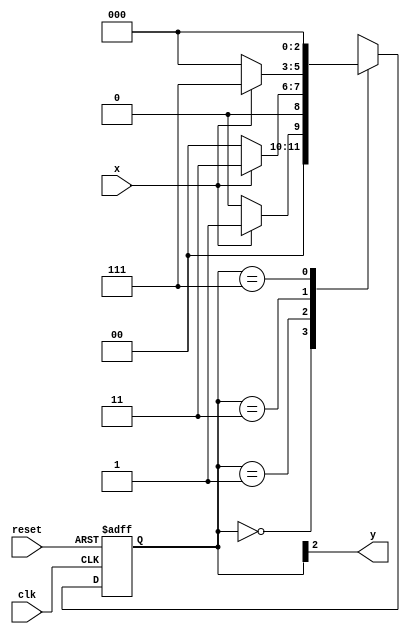
// constant definition 
`define found       1 
`define notfound 0 
 
// FSM by Moore 
module  moore0054 ( y, x, clk, reset ); 
 output y; 
 input   x; 
 input   clk; 
 input   reset; 
 
 reg      y; 
 
 parameter        // state identifiers 
   start     = 3'b000, 
   id01       = 3'b001, 
   id011     = 3'b011, 
   id0111   = 3'b111; 
    
   reg [2:0] E1; // current state variables 
   reg [2:0] E2; // next state logic output 
 
 
 
// next state logic 
   always @( x or E1 ) 
    begin 
     case( E1 ) 
      start: 
        if ( x ) 
         E2 = id01; 
        else 
         E2 = start; 
      id01: 
        if ( x ) 
         E2 = id011; 
        else 
         E2 = start; 
      id011: 
        if ( x ) 
         E2 = id0111; 
        else 
         E2 = start; 
      id0111: 
        if ( x ) 
         E2 = start; 
        else 
         E2 = start;       
     default:   // undefined statee   
         E2 = 3'bxxx; 
     endcase 
    end // always at signal or state changing 
 
// state variables 
   always @( posedge clk or negedge reset ) 
    begin 
     if ( reset ) 
      E1 = E2;    // updates current state 
     else 
      E1 = 0;     // reset 
    end // always at signal changing 
 
// output logic 
   always @( E1 ) 
    begin 
     y = E1[2];   // first bit of state value 
    end // always at state changing 
 
endmodule // moore0053